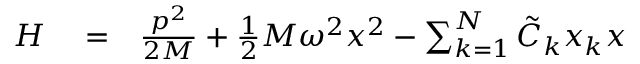
\begin{array} { r l r } { H } & { { } = } & { \frac { p ^ { 2 } } { 2 M } + \frac { 1 } { 2 } M \omega ^ { 2 } x ^ { 2 } - \sum _ { k = 1 } ^ { N } \tilde { C } _ { k } x _ { k } x } \end{array}